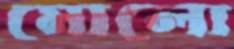
মোলো